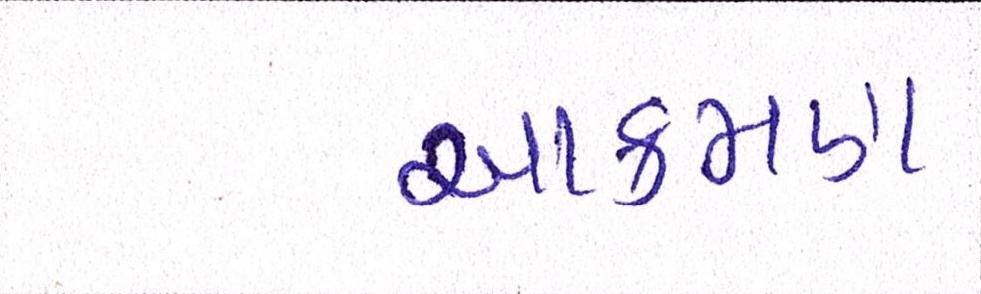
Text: આક્રમણ